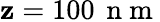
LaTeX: \mathbf{z}=100\, \mathrm{{~n~m~}}